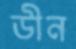
ডীন